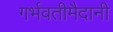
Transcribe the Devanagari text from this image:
गर्भवतीमैदानी